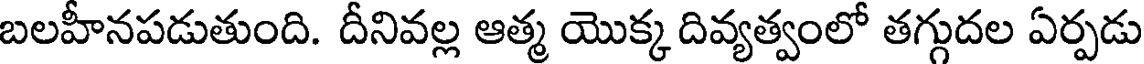
బలహీనపడుతుంది. దీనివల్ల ఆత్మ యొక్క దివ్యత్వంలో తగ్గుదల ఏర్పడు